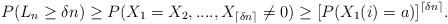
LaTeX: \begin{align*}P(L_n\ge \delta n)\ge P(X_1=X_2,...., X_{\lceil \delta n\rceil}\neq 0) \ge [P(X_1(i)=a)]^{\lceil \delta n\rceil}. \end{align*}